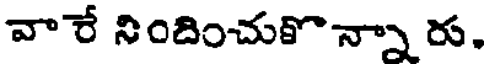
వారే నిందించుకొన్నా రు.